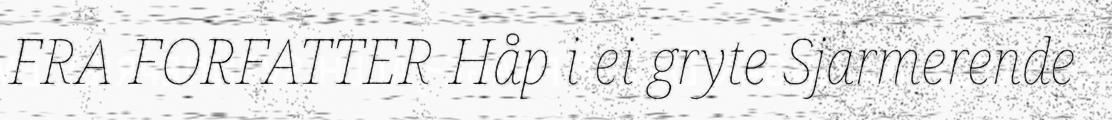
FRA FORFATTER Håp i ei gryte Sjarmerende